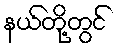
နယ်တို့တွင်